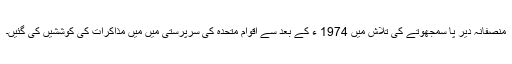
منصفانہ دیر پا سمجھوتے کی تلاش میں 1974 ء کے بعد سے اقوام متحدہ کی سرپرستی میں میں مذاکرات کی کوششیں کی گئیں۔